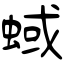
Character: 蜮